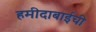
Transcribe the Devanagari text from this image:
हमीदाबाईची